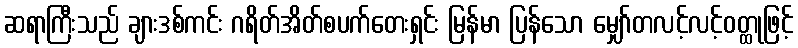
ဆရာကြီးသည် ချားဒစ်ကင်း ဂရိတ်အိတ်စပက်တေးရှင်း မြန်မာ ပြန်သော မျှော်တလင့်လင့်ဝတ္ထုဖြင့်